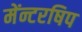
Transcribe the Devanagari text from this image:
मेंन्टरषिप